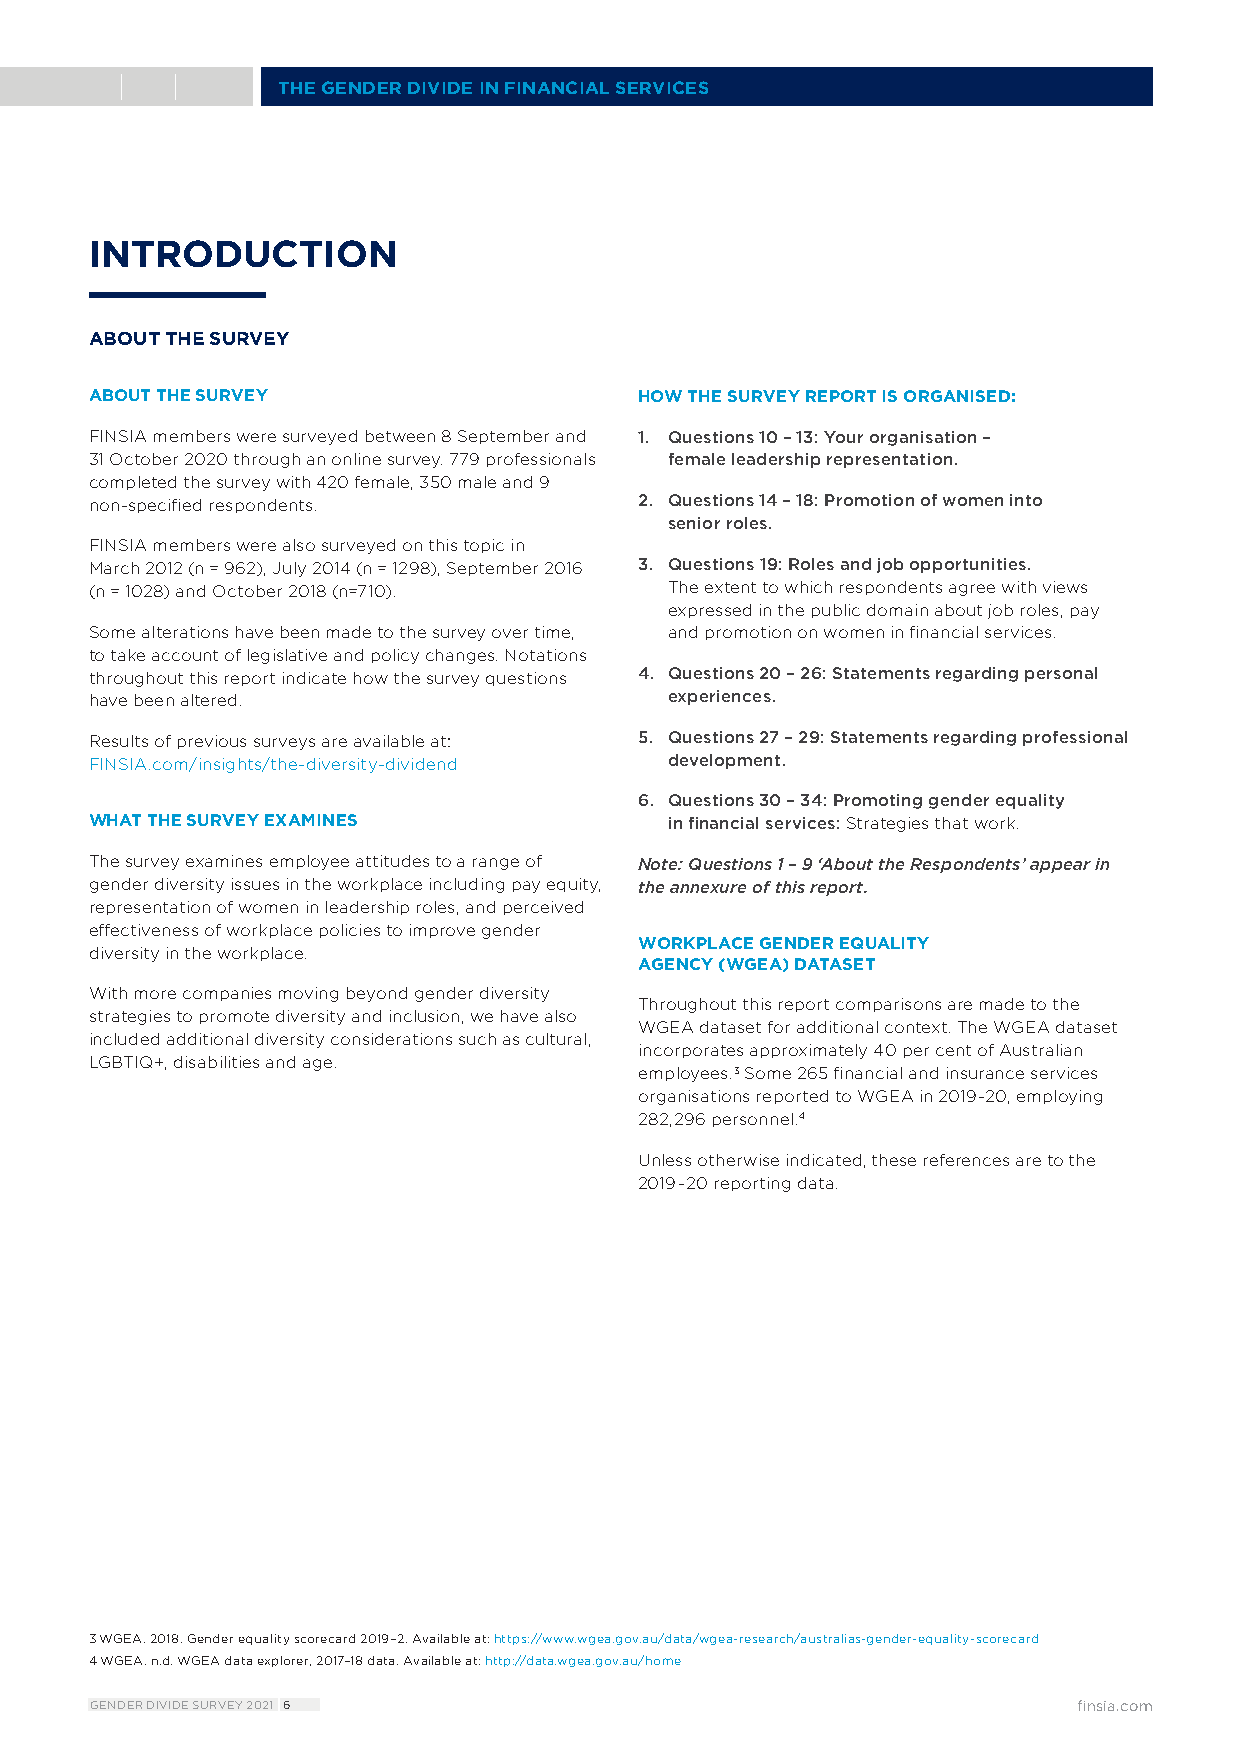
THE GENDER DIVIDE IN FINANCIAL SERVICES
 INTRODUCTION
 ABOUT THE SURVEY
 ABOUT THE SURVEY                    HOW THE SURVEY REPORT IS ORGANISED:
 FINSIA members were surveyed between 8 September and 1. Questions 10 – 13: Your organisation –
 31 October 2020 through an online survey. 779 professionals female leadership representation.
 completed the survey with 420 female, 350 male and 9
 non-specified respondents.          2. Questions 14 – 18: Promotion of women into
 senior roles.
 FINSIA members were also surveyed on this topic in
 March 2012 (n = 962), July 2014 (n = 1298), September 2016 3. Questions 19: Roles and job opportunities.
 (n = 1028) and October 2018 (n=710).  The extent to which respondents agree with views
 expressed in the public domain about job roles, pay
 Some alterations have been made to the survey over time, and promotion on women in financial services.
 to take account of legislative and policy changes. Notations
 throughout this report indicate how the survey questions 4. Questions 20 – 26: Statements regarding personal
 have been altered.                    experiences.
 Results of previous surveys are available at: 5. Questions 27 – 29: Statements regarding professional
 FINSIA.com/insights/the-diversity-dividend development.
 6. Questions 30 – 34: Promoting gender equality
 WHAT THE SURVEY EXAMINES              in financial services: Strategies that work.
 The survey examines employee attitudes to a range of Note: Questions 1 – 9 ‘About the Respondents’ appear in
 gender diversity issues in the workplace including pay equity, the annexure of this report.
 representation of women in leadership roles, and perceived
 effectiveness of workplace policies to improve gender
 WORKPLACE GENDER EQUALITY
 diversity in the workplace.
 AGENCY (WGEA) DATASET
 With more companies moving beyond gender diversity
 Throughout this report comparisons are made to the
 strategies to promote diversity and inclusion, we have also
 WGEA dataset for additional context. The WGEA dataset
 included additional diversity considerations such as cultural,
 incorporates approximately 40 per cent of Australian
 LGBTIQ+, disabilities and age.
 employees.3 Some 265 financial and insurance services
 organisations reported to WGEA in 2019-20, employing
 282,296 personnel.4
 Unless otherwise indicated, these references are to the
 2019–20 reporting data.
 3 WGEA. 2018. Gender equality scorecard 2019–2. Available at: https://www.wgea.gov.au/data/wgea-research/australias-gender-equality-scorecard
 4 WGEA. n.d. WGEA data explorer, 2017–18 data. Available at: http://data.wgea.gov.au/home
 GENDER DIVIDE SURVEY 2021 6                                      finsia.com